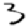
Digit: 3